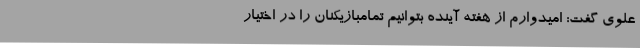
علوی گفت: امیدوارم از هفته آینده بتوانیم تمامبازیکنان را در اختیار